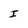
Character: I